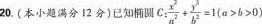
20(本小题满分12分)已知椭圆C：$$\frac { x ^ { 2 } } { a ^ { 2 } } + \frac { y ^ { 2 } } { b^ { 2 } } = 1$$($$a > b > 0$$)